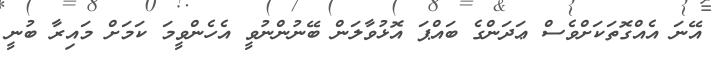
އޭނަ އެއްގޮތަކަށްވެސް ޢަދަންގެ ބައްޕަ އޮޅުވާލަން ބޭނުންނުވީ އެހެންވީމަ ކަމަށް މައިރާ ބުނީ